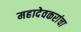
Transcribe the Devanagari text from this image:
महादेवकरांचा